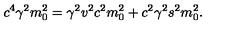
c ^ { 4 } \gamma ^ { 2 } m _ { 0 } ^ { 2 } = \gamma ^ { 2 } v ^ { 2 } c ^ { 2 } m _ { 0 } ^ { 2 } + c ^ { 2 } \gamma ^ { 2 } s ^ { 2 } m _ { 0 } ^ { 2 } .